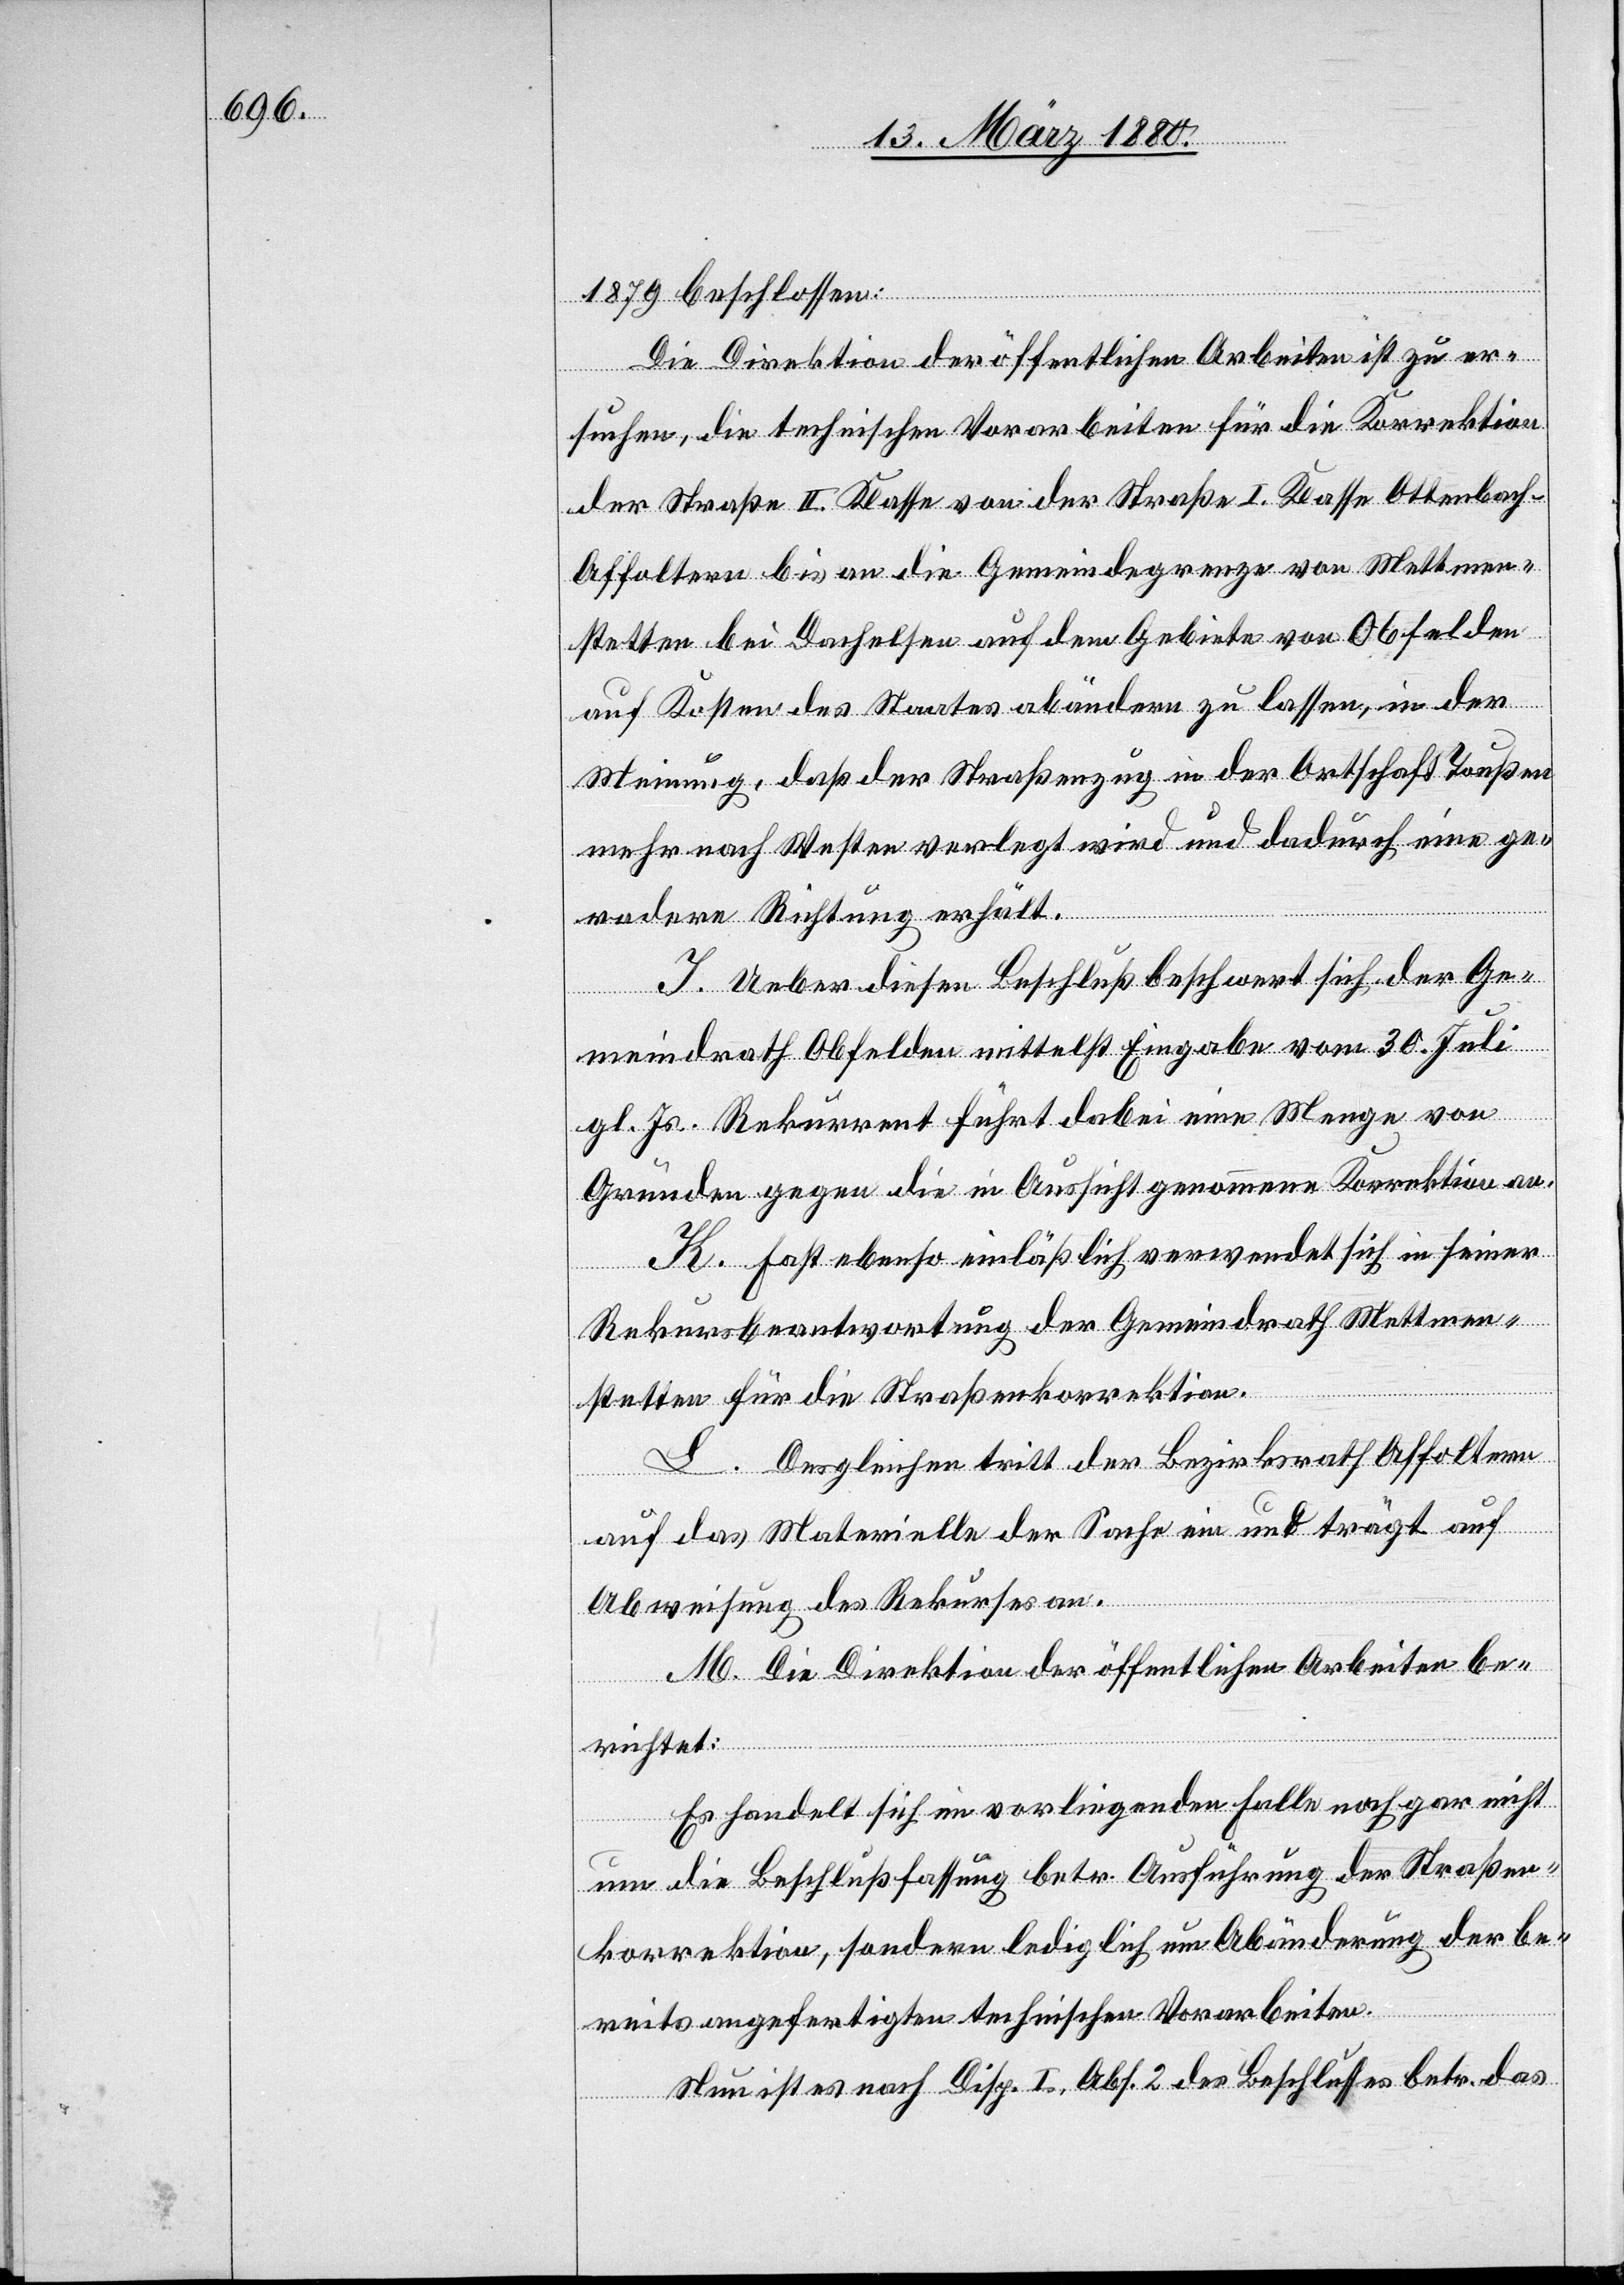
1879 beschlossen:
Die Direktion der öffentlichen Arbeiten ist zu er¬
suchen, die technischen Vorarbeiten für die Korrektion
der Straße II. Klasse von der Straße I. Klasse Ottenbac¬
h–Affoltern bis an die Gemeindegrenze von Mettmen¬
stetten bei Dachelsen auf dem Gebiete von Obfelden
auf Kosten des Staates abändern zu lassen, in der
Meinung, daß der Straßenzug in der Ortschaft Toußen
mehr nach Westen verlegt wird und dadurch eine ge¬
radere Richtung erhält.
I. Ueber diesen Beschluß beschwert sich der Ge¬
meindrath Obfelden mittelst Eingabe vom 30. Juli
gl. Js. Rekurrent führt dabei eine Menge von
Gründen gegen die in Aussicht genommene Korrektion an.
K. Fast ebenso einläßlich verwendet sich in seiner
Rekursbeantwortung der Gemeindrath Mettmen¬
stetten für die Straßenkorrektion.
L. Desgleichen tritt der Bezirksrath Affoltern
auf das Materielle der Sache ein und trägt auf
Abweisung des Rekurses an.
M. Die Direktion der öffentlichen Arbeiten be¬
richtet:
Es handelt sich im vorliegenden Falle noch gar nicht
um die Beschlußfassung betr. Ausführung der Straßen¬
korrektion, sondern lediglich um Abänderung der be¬
reits angefertigten technischen Vorarbeiten.
Nun ist es nach Disp. I Abs. 2 des Beschlusses betr. das